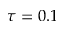
\tau = 0 . 1